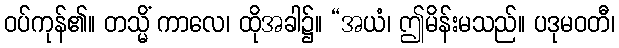
ဝပ်ကုန်၏။ တသ္မိံ ကာလေ၊ ထိုအခါ၌။ “အယံ၊ ဤမိန်းမသည်။ ပဒုမဝတီ၊